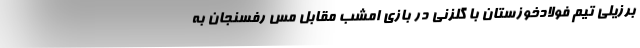
برزیلی تیم فولادخوزستان با گلزنی در بازی امشب مقابل مس رفسنجان به